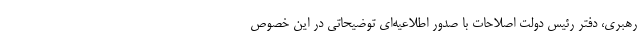
رهبری، دفتر رئیس دولت اصلاحات با صدور اطلاعیه‌ای توضیحاتی در این خصوص